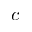
c